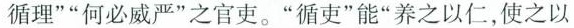
循理””何必威严”之官吏。”循吏”能”养之以仁，使之以